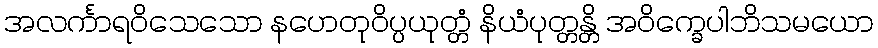
အလင်္ကာရဝိသေသော နဟေတုဝိပ္ပယုတ္တံ နိယံပုတ္တန္တိ အဝိက္ခေပါဘိသမယော